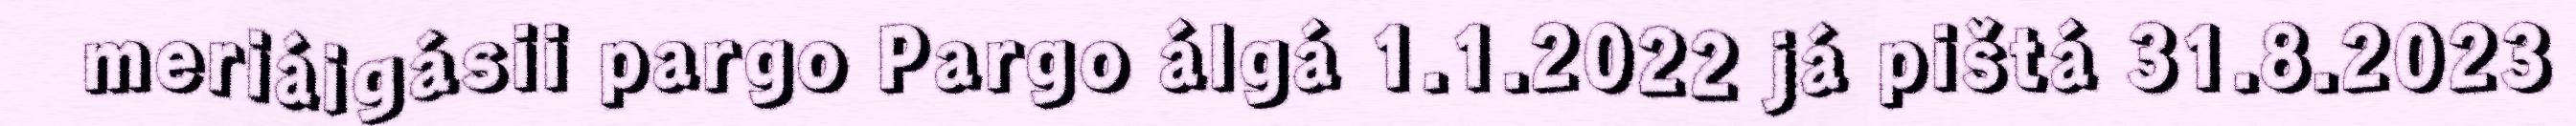
meriáigásii pargo Pargo álgá 1.1.2022 já pištá 31.8.2023